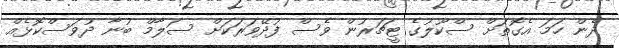
ދެން ހަމަ އެގޮތަށް ސްކޫލުގެ ޓީޗަރުން ވެސް ފުދޭވަރަކަށް ސަލާމް ބުނާ ދުވަސްކޮޅެއް